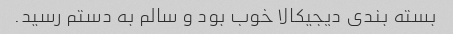
بسته بندی دیجیکالا خوب بود و سالم به دستم رسید.